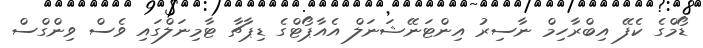
ޑޯމްގެ ކެފޭ އިބްރާހިމް ނާސިރު އިންޓަނޭޝަނަލް އެއާޕޯޓްގެ ޑިޕާޗާ ޓާމިނަލްގައި ވެސް ވިންގްސް